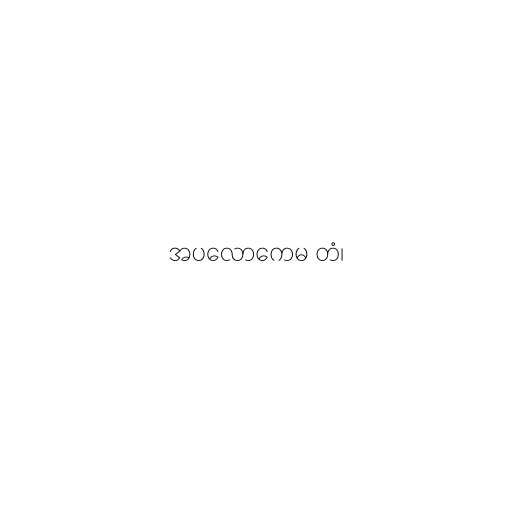
အပလောကေမ တံ၊